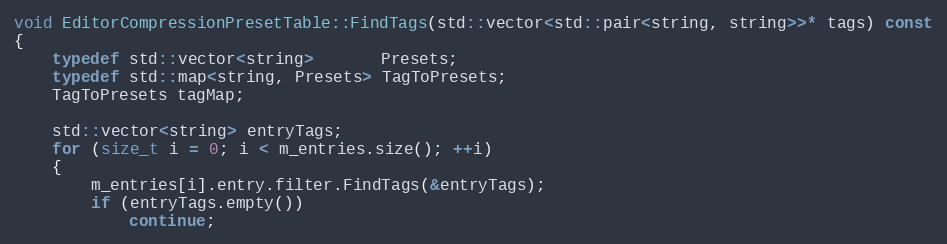
Language: C++
void EditorCompressionPresetTable::FindTags(std::vector<std::pair<string, string>>* tags) const
{
	typedef std::vector<string>       Presets;
	typedef std::map<string, Presets> TagToPresets;
	TagToPresets tagMap;

	std::vector<string> entryTags;
	for (size_t i = 0; i < m_entries.size(); ++i)
	{
		m_entries[i].entry.filter.FindTags(&entryTags);
		if (entryTags.empty())
			continue;